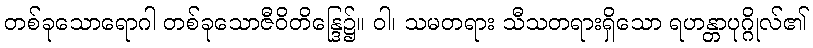
တစ်ခုသောရောဂါ တစ်ခုသောဇီဝိတိန္ဒြေ၌။ ဝါ၊ သမတရား သီသတရားရှိသော ရဟန္တာပုဂ္ဂိုလ်၏